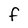
Character: F